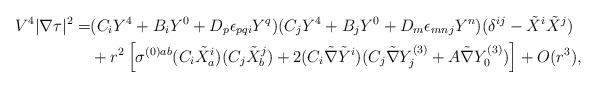
LaTeX: \begin{align*} V ^4 |\nabla \tau| ^2 = & (C_i Y^4 + B_i Y^0 + D_p \epsilon_{pqi} Y^q) (C_j Y^4 + B_j Y^0 + D_m \epsilon_{mnj} Y^n) (\delta^{ij} -\tilde {X}^i \tilde {X}^j) \\ &+ r^2 \left [ \sigma^{(0) ab}(C_i \tilde{X}_a^i)(C_j \tilde{X}_b^j)+2(C_i \tilde \nabla \tilde Y^i) (C_j \tilde \nabla Y_j^{(3)}+A\tilde \nabla Y_0^{(3)}) \right ]+ O(r^{3}), \end{align*}